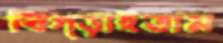
বিগ্‌ড়াইতাম